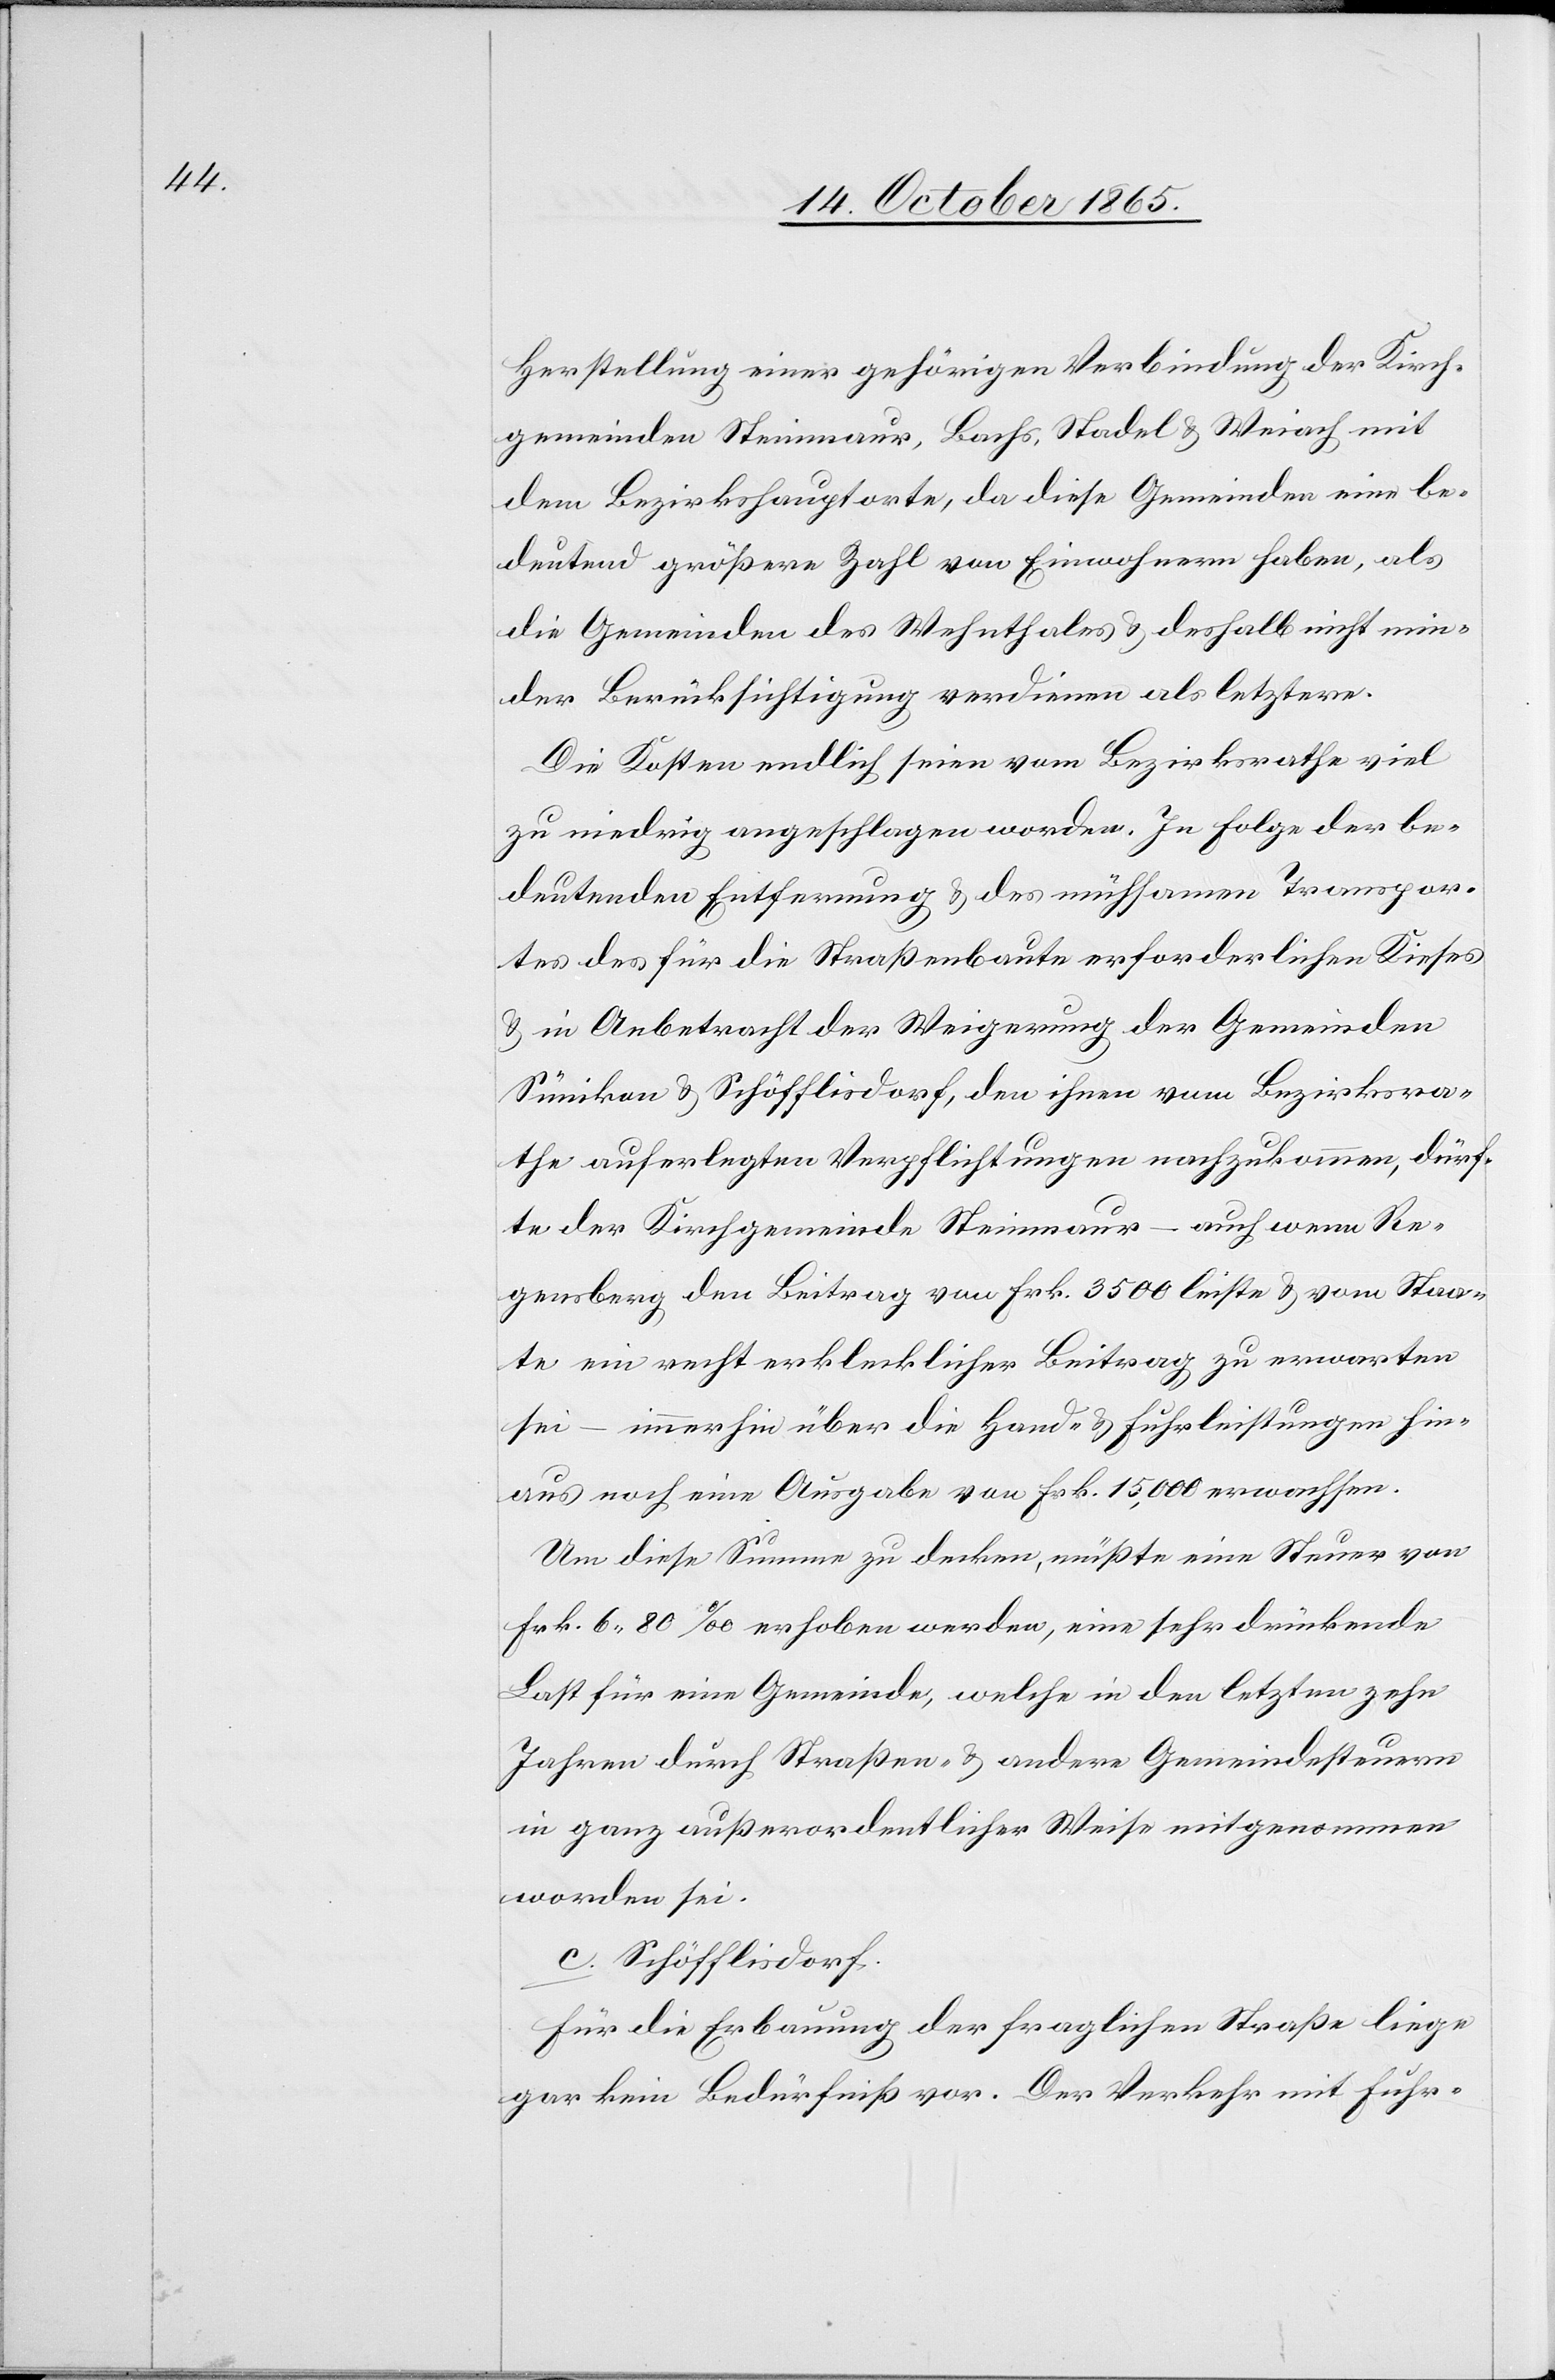
Herstellung einer gehörigen Verbindung der Kirch¬
gemeinden Steinmaur, Bachs, Stadel & Weiach mit
dem Bezirkshauptorte, da diese Gemeinden eine be¬
deutend größere Zahl von Einwohnern haben, als
die Gemeinden des Wehnthales & deshalb nicht min¬
der Berücksichtigung verdienen als letztere.
Die Kosten endlich seien vom Bezirksrathe viel
zu niedrig angeschlagen worden. In Folge der be¬
deutenden Entfernung & des mühsamen Transpor¬
tes des für die Straßenbaute erforderlichen Kieses
& in Anbetracht der Weigerung der Gemeinden
Sünikon & Schöfflisdorf, den ihnen vom Bezirksra¬
the auferlegten Verpflichtungen nachzukommen, dürf¬
te der Kirchgemeinde Steinmaur – auch wenn Re¬
gensberg den Beitrag von Frk. 3500 leiste & vom Staa¬
te ein recht erklecklicher Beitrag zu erwarten
sei – immerhin über die Hand- & Fuhrleistungen hin¬
aus noch eine Ausgabe von Frk. 15,000 erwachsen.
Um diese Summe zu decken, müßte eine Steuer von
Frk. 6 80‰ [sic!] erhoben werden, eine sehr drückende
Last für eine Gemeinde, welche in den letzten zehn
Jahren durch Straßen- & andere Gemeindesteuern
in ganz außerordentlicher Weise mitgenommen
worden sei.
c. Schöfflisdorf.
Für die Erbauung der fraglichen Straße liege
gar kein Bedürfniß vor. Der Verkehr mit Fuhr-